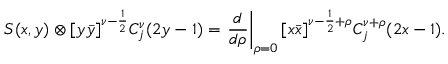
S ( x , y ) \otimes [ y \bar { y } ] ^ { \nu - \frac { 1 } { 2 } } C _ { j } ^ { \nu } ( 2 y - 1 ) = \left. \frac { d } { d \rho } \right| _ { \rho = 0 } [ x \bar { x } ] ^ { \nu - \frac { 1 } { 2 } + \rho } C _ { j } ^ { \nu + \rho } ( 2 x - 1 ) .